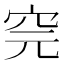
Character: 𥤸